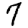
Digit: 7